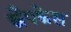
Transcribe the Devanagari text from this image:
स्नैपकेस